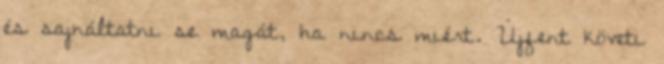
és sajnáltatni se magát, ha nincs miért. Újfent követi